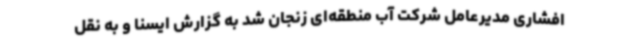
افشاری مدیرعامل شرکت آب منطقه‌ای زنجان شد به گزارش ایسنا و به نقل